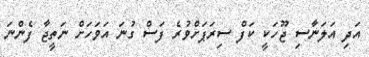
އަދި އަލަނާސި ޖޫހަކީ ކަފް ސިރަޕަށްވުރެ ފަސް ގުނަ އަވަހަށް ނަތީޖާ ފެންނަ